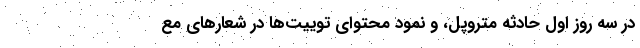
در سه روز اول حادثه متروپل، و نمودِ محتوای توییت‌ها در شعارهای مع